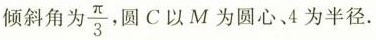
倾斜角为\frac{\pi}{3}，圆C以M为圆心、4为半径。